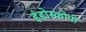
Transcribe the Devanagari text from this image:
इंडोस्कोपी